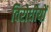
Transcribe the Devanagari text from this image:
विरोधीयों